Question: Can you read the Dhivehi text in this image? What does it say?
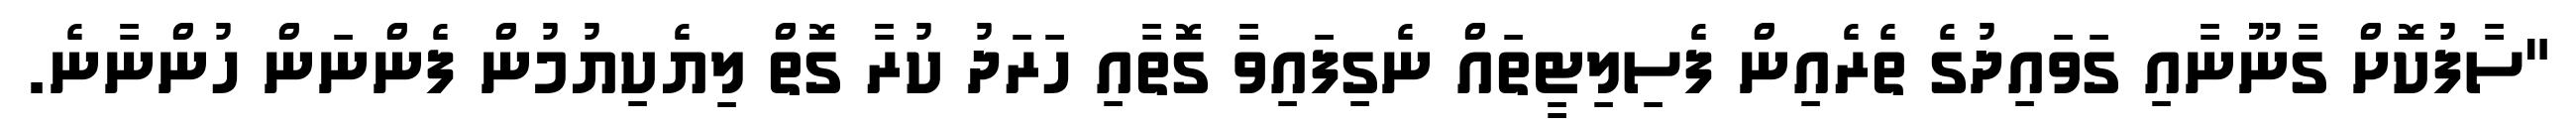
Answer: "ސާފުކޮށް ގާނޫނާއި ގަވައިދުގެ ތެރެއިން ފެސިލިޓީތައް ނެގިފައިވާ ގޮތާއި ހަރަދު ކުރާ ގޮތް ލިޔެކިޔުމުން ފެންނަން ހުންނާނެ.